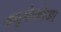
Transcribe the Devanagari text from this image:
क्युबोज़ोआ